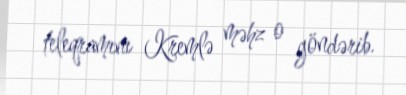
teleqramını Kremlə məhz o göndərib.